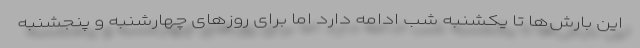
این بارش‌ها تا یکشنبه شب ادامه دارد اما برای روزهای چهارشنبه و پنجشنبه